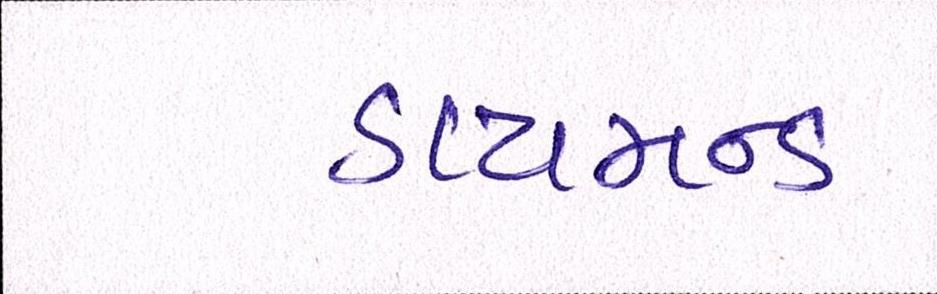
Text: ડાયમન્ડ